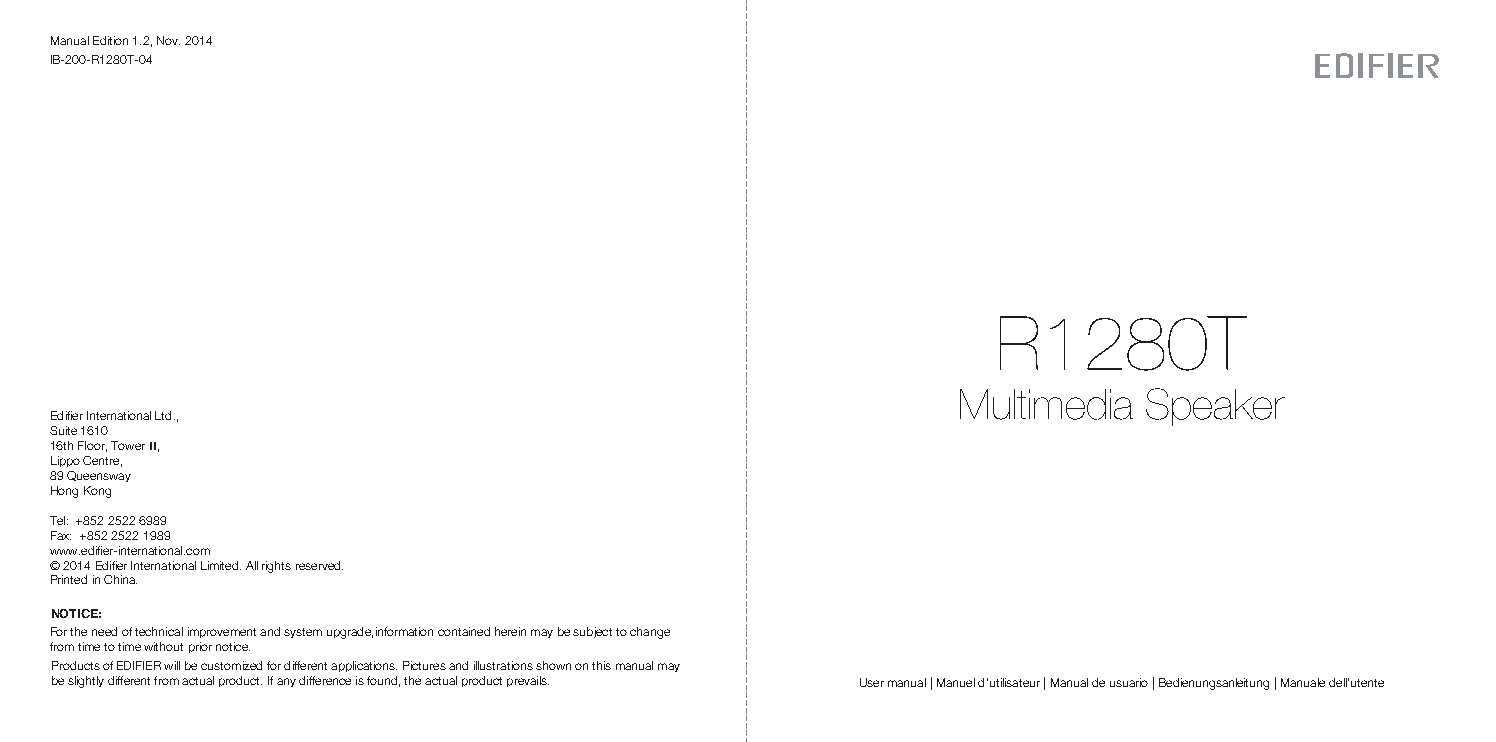
Manual Edition 1.2, Nov. 2014
 IB-200-R1280T-04
 R1280T
 Multimedia   Speaker
 Edifier International Ltd.,
 Suite 1610
 16th Floor, Tower II,
 Lippo Centre,
 89 Queensway
 Hong Kong
 Tel: +852 2522 6989
 Fax: +852 2522 1989
 www.edifier-international.com
 © 2014 Edifier International Limited. All rights reserved.
 Printed in China.
 NOTICE:
 For the need of technical improvement and system upgrade,information contained herein may be subject to change
 from time to time without prior notice.
 Products of EDIFIER will be customized for different applications. Pictures and illustrations shown on this manual may
 be slightly different from actual product. If any difference is found, the actual product prevails. User manual | Manuel d’utilisateur | Manual de usuario | Bedienungsanleitung | Manuale dell’utente